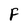
Character: F